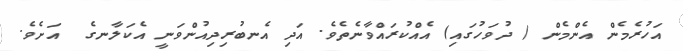
އަހުރެމެން އެންމެން ( ދުވަހުގައި) އެއްކުރައްވާނެތެވެ. އަދި އެނބުރިދިއުންވަނީ އެކަލާނގެ  އަށެވެ.